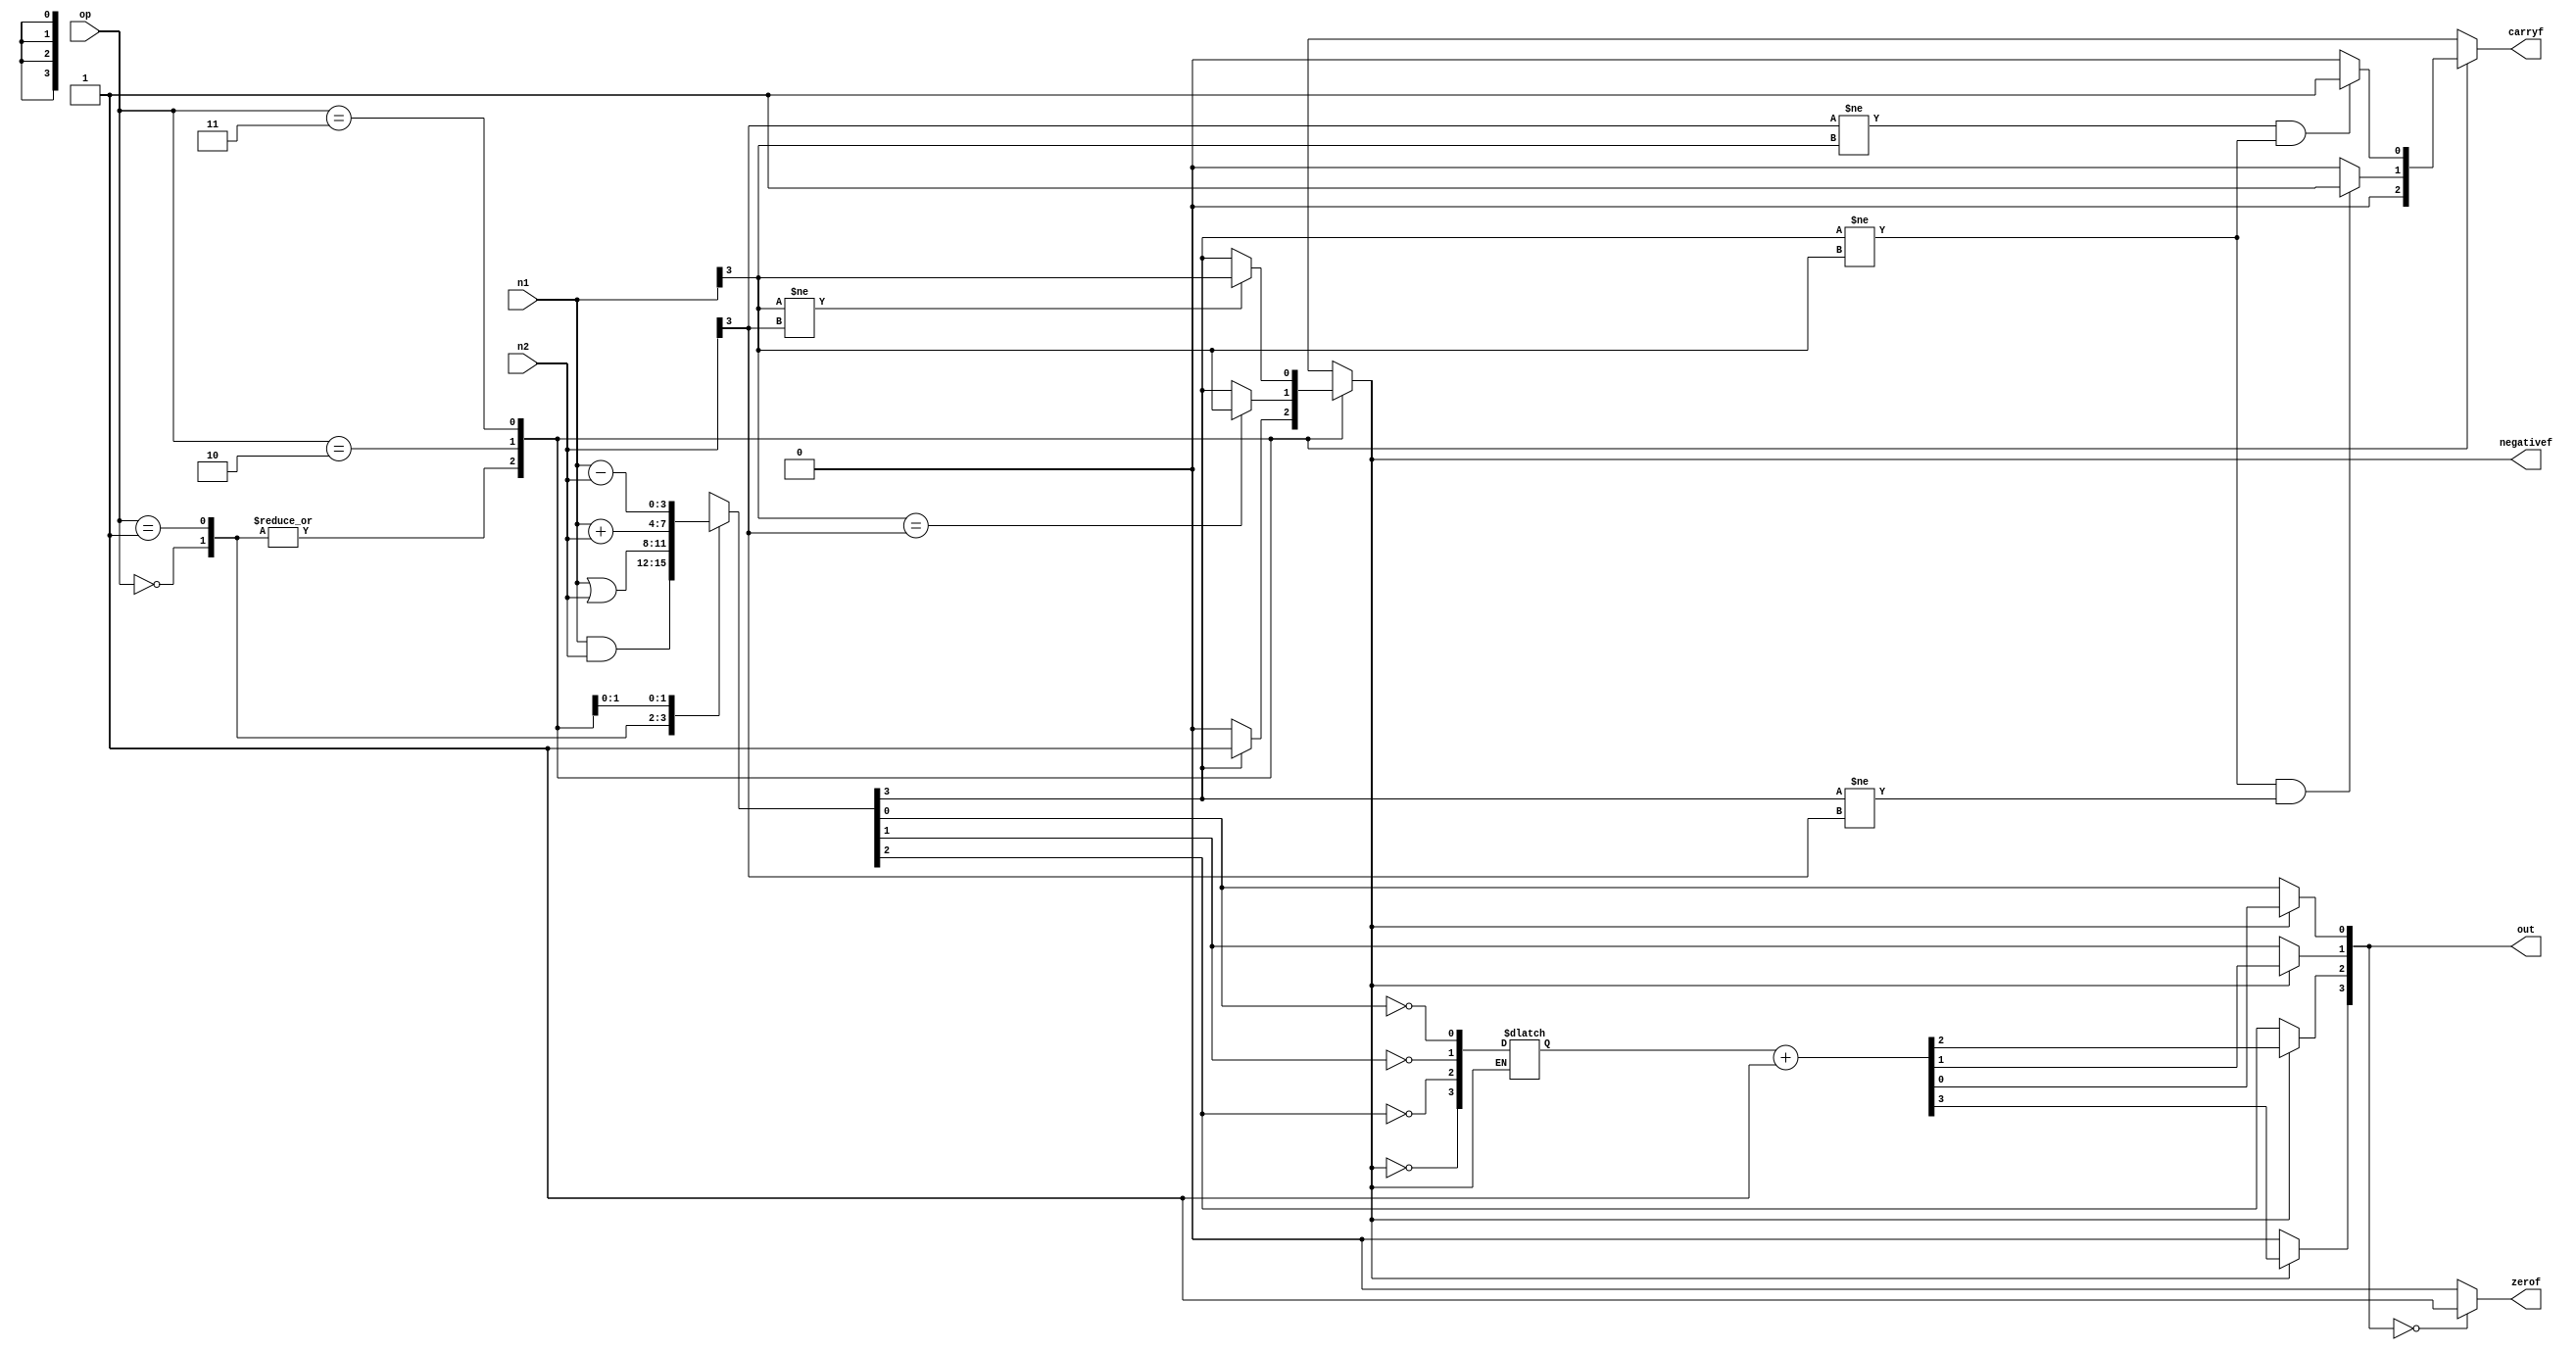
module alu4(
  input wire signed [3:0] n1, n2,			// Two input binary numbers	
  input wire [1:0] op,				// Operation to be performed
  output wire signed	[3:0] out,			//Output of the operation
  output wire carryf,				// Flag for carry
  output wire zerof,				// Flag for zero
  output wire negativef				// Flag for negative
);

reg signed[3:0] out_main, out_main2, out_main3;
reg Zero_Flag, Negative_Flag, Carry_Flag;

always @(*) begin

	case(op)

		2'b00: 							// Case of AND
		begin
			out_main <= n1 & n2;		// And of 2 input numbers
			
			Carry_Flag <= 0;
			
			// Setting Negative_Flag
			if (out_main[3]==1)	begin
				Negative_Flag <=1;
			end
			else begin
				Negative_Flag <=0;
			end

		end
		 
		2'b01: 							// Case of OR
		begin
			out_main <= n1 | n2;

			Carry_Flag <=0;

			// Setting Negative_Flag
			if (out_main[3]==1)	begin
				Negative_Flag <=1;
			end
			else  begin
				Negative_Flag <=0;
			end

		end

		2'b10: 									     // Case of Add
		begin

			out_main <= n1 + n2;

			// Calcuating Carry Flag 
			if ( out_main[3]!=n1[3] && out_main[3]!=n2[3] ) begin
				Carry_Flag <=1;
			end
			else begin
				Carry_Flag <=0;
			end
			
			// Calculating  Negative Flag
			if ( n1[3]==n2[3]) begin				// Both +ve or both -ve
				Negative_Flag <= n1[3];		// Adding 2 +ve always gives +ve and 									// adding 2-ve always gives -ve
			end			
			else begin
				Negative_Flag <= out_main[3];		// Because No Overflow can happen here.									// So, sign determined by MSB of result
			end

		end

		2'b11:										// Case of Subtract 
		begin
		
			out_main <= n1 - n2;

			// Calcuating Carry Flag 
			if ( n2[3]!=n1[3] && out_main[3]!=n1[3] ) begin
				Carry_Flag<=1;
			end
			else begin
				Carry_Flag<=0;
			end

			// Calculating  Negative Flag
			if ( n1[3]!=n2[3]) begin				// One nuber is +ve and otheris -ve
				Negative_Flag <= n1[3];				// +ve - -ve = +ve and -ve - +ve = -ve
			end			
			else begin
				Negative_Flag <= out_main[3];	// Because No Overflow can happen here. 								// So, sign determined by MSB of result
			end

		end
		default: out_main <= 0;
	endcase

end

always @(*) begin

	if (Negative_Flag==1) begin					
		out_main2[3] <= ~Negative_Flag;		// Taking 2's Complement for Negative Case
		out_main2[0] <= ~out_main[0];
		out_main2[1] <= ~out_main[1];
		out_main2[2] <= ~out_main[2];

		out_main3 <= out_main2 + 4'b0001;
	end
	else begin								// Setting MSB=0 for Positive Case
		out_main3[3] <= Negative_Flag;
		out_main3[0] <= out_main[0];
		out_main3[1] <= out_main[1];
		out_main3[2] <= out_main[2];
	end
	
	// Set Zero Flag
	if (out_main3 == 4'b0000) begin
		Zero_Flag <= 1;
	end
	else begin
		Zero_Flag <=0;
	end
end

assign out= out_main3;
assign zerof= Zero_Flag;
assign negativef= Negative_Flag;
assign carryf= Carry_Flag;

endmodule